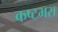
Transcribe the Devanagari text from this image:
कष्टभरा